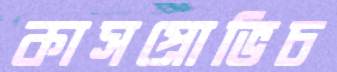
কাসপ্রোভিচ